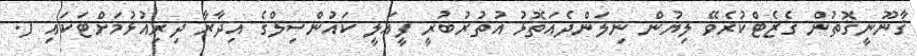
ޤާނޫނީގޮތުން ގެޒެޓްކުރެވޭ ލިޔުން ނިލަންދެއަތޮޅު އުތުރުބުރީ ފީއަލީ ކައުންސިލްގެ އިދާރާ ދިރިއުޅުމަށްޓަކައި ފ.